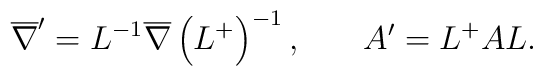
\overline{\nabla}^{\prime}=L^{-1}\overline{\nabla}\left(L^{+}\right)^{-1}, \hspace{0.3in}A^{\prime }=L^{+}AL .